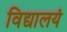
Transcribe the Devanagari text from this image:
विद्यालयं